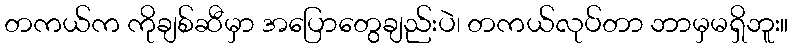
တကယ်က ကိုချစ်ဆီမှာ အပြောတွေချည်းပဲ၊ တကယ်လုပ်တာ ဘာမှမရှိဘူး။